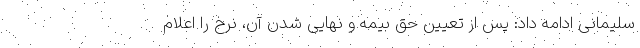
سلیمانی ادامه داد: پس از تعیین حق بیمه و نهایی شدن آن، نرخ را اعلام